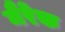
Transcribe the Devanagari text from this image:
मैरेक